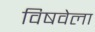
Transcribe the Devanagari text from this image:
विषवेला